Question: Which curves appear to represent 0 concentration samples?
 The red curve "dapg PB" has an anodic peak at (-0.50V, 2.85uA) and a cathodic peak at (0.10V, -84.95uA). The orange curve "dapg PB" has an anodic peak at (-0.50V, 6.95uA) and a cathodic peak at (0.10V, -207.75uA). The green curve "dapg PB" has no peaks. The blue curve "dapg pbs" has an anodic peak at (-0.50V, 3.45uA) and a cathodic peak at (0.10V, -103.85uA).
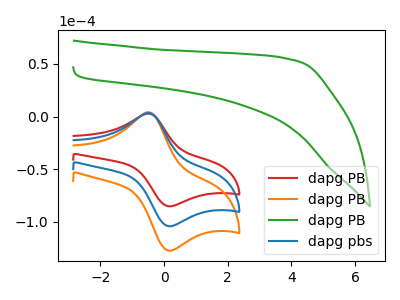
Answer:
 <answer>"dapg PB" is likely to be a blank.</answer>
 <eval>dapg PB</eval>